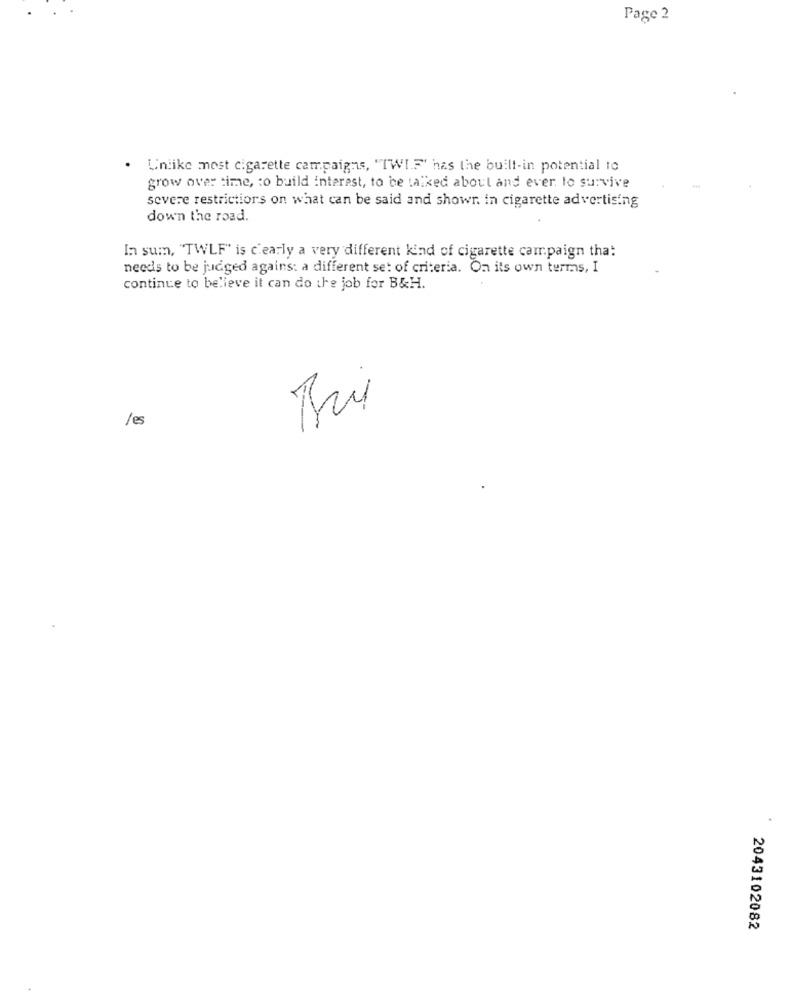
Page 2
. Unlike most cigarette campaigns, "TWI.F' has the built-in potential to
grow over time, to build interest, to be talked about and ever to survive
severe restrictions on what can be said and showr. in cigarette advertising
down the road.
In sum, "TWLF" is c'early a very different kind of cigarette campaign tha:
needs to be judged agains: a different set of criteria. On its own terms, I
continue to believe it can do the job for B&H.
les
2043102082